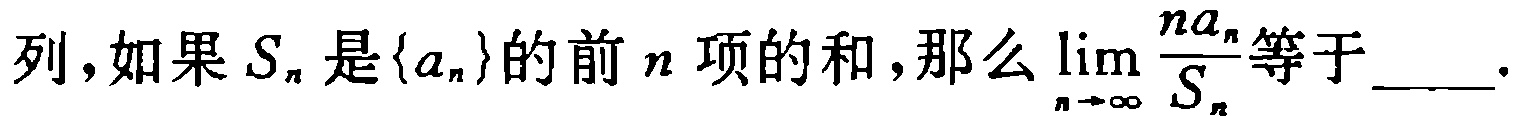
列,如果\(S_{n}\)是\(\{a_{n}\}\)的前\(n\)项的和,那么\(\lim\limits_{n \to \infty} \frac{na_{n}}{S_{n}}\)等于____.